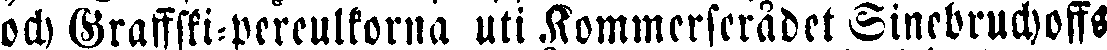
och Graffski-pereulkorna uti Kommerserådet Sinebruchoffs